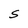
Character: S